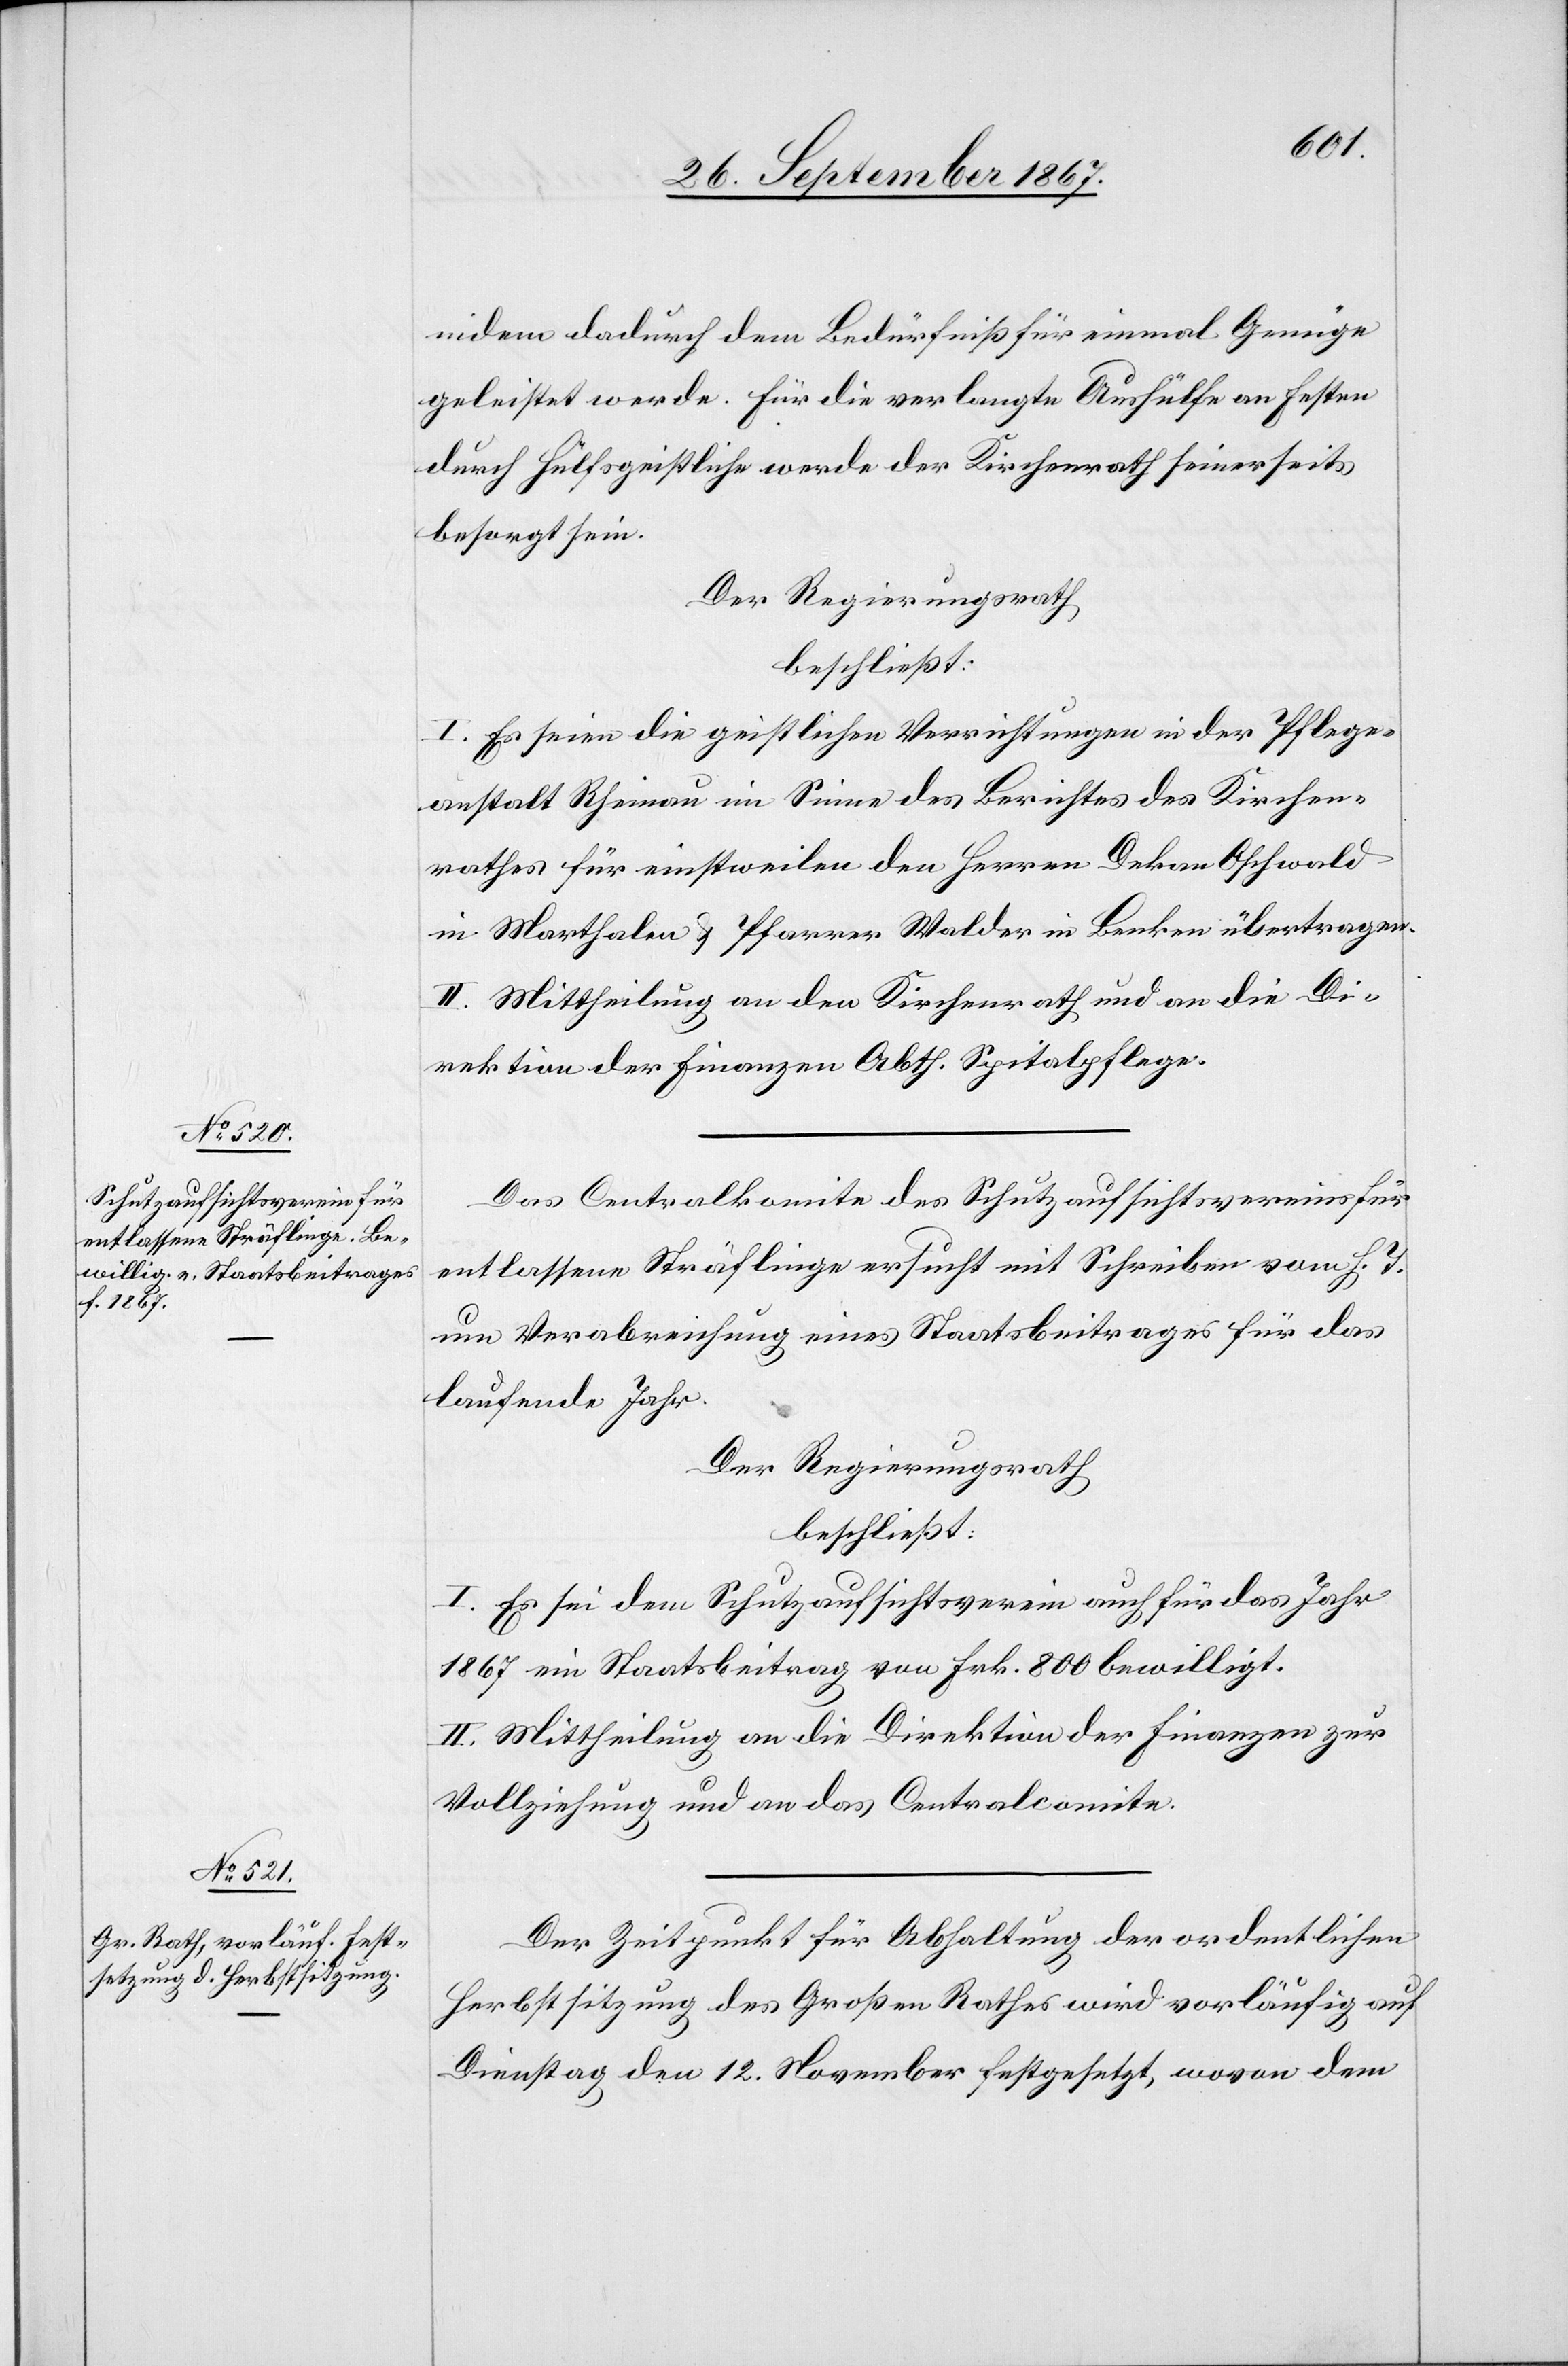
indem dadurch dem Bedürfniß für einmal Genüge
geleistet werde. Für die verlangte Aushülfe an Festen
durch Hülfsgeistliche werde der Kirchenrath seinerseits
besorgt sein.
Der Regierungsrath,
beschließt:
I. Es seien die geistlichen Verrichtungen in der Pflege¬
anstalt Rheinau im Sinne des Berichtes des Kirchen¬
rathes für einstweilen den Herren Dekan Oschwald
in Marthalen u. Pfarrer Walder in Benken übertragen.
II. Mittheilung an den Kirchenrath und an die Di¬
rektion der Finanzen, Abth. Spitalpflege.
Das Centralkomite des Schutzaufsichtsvereins für
entlassene Sträflinge ersucht mit Schreiben vom h. T.
um Verabreichung eines Staatsbeitrages für das
laufende Jahr.
Der Regierungsrath,
beschließt:
I. Es sei dem Schutzaufsichtsverein auch für das Jahr
1867 ein Staatsbeitrag von Frk. 800 bewilligt.
II. Mittheilung an die Direktion der Finanzen zur
Vollziehung und an das Centralcomite.
Der Zeitpunkt für Abhaltung der ordentlichen
Herbstsitzung des Großen Rathes wird vorläufig auf
Dienstag den 12. November festgesetzt, wovon dem